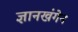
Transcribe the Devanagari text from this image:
ज्ञानखंगेन